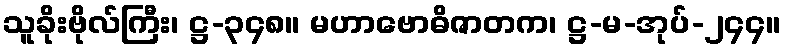
သူခိုးဗိုလ်ကြီး၊ ဋ္ဌ-၃၄၈။ မဟာဗောဓိဇာတက၊ ဋ္ဌ-မ-အုပ်-၂၄၄။